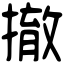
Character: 撤